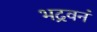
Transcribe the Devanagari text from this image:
भद्रवनं